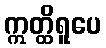
ဣတ္ထိရူပေ